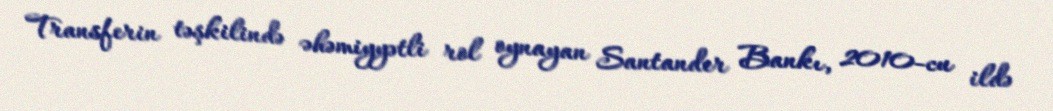
Transferin təşkilində əhəmiyyətli rol oynayan Santander Bankı, 2010-cu ildə